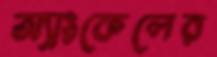
অ্যাংকেলের